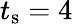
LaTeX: t_{\textrm{s}}=4